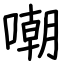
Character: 嘲